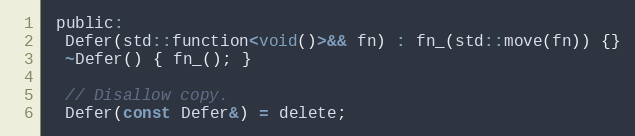
Language: C
 public:
  Defer(std::function<void()>&& fn) : fn_(std::move(fn)) {}
  ~Defer() { fn_(); }

  // Disallow copy.
  Defer(const Defer&) = delete;